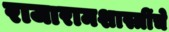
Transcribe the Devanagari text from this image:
राजारामशास्त्रींचे